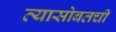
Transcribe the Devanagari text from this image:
त्यासोबतची